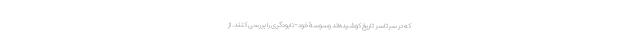
که در سرتاسر تاریخ کوشیده‌اند وسوسۀ خود-نابودگری را بررسی کنند. از